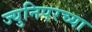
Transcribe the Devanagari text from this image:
ज्युनिपरच्या